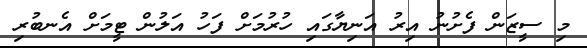
މި ސީޒަން ފެށުނު އިރު އަނިޔާގައި ހުރުމަށް ފަހު އަލުން ޓީމަށް އެނބުރި